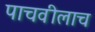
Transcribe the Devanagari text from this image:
पाचवीलाच